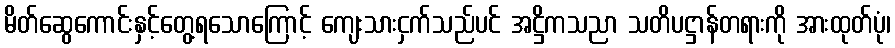
မိတ်ဆွေကောင်းနှင့်တွေ့ရသောကြောင့် ကျေးသားငှက်သည်ပင် အဋ္ဌိကသညာ သတိပဋ္ဌာန်တရားကို အားထုတ်ပုံ၊